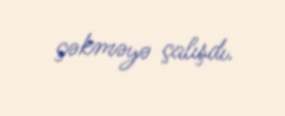
çəkməyə çalışdı.